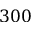
3 0 0